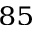
^ { 8 5 }